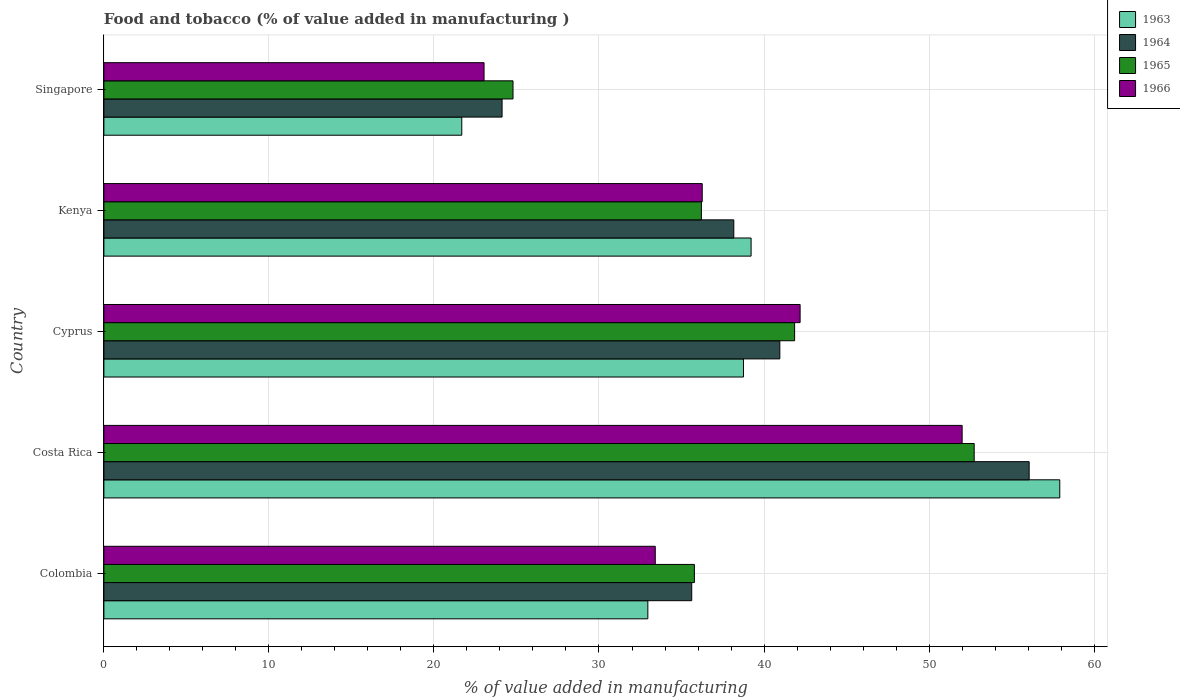
| Country | 1963 | 1964 | 1965 | 1966 |
 | --- | --- | --- | --- | --- |
 | Colombia | 33 | 35.6 | 35.8 | 33.4 |
 | Costa Rica | 57.9 | 56.1 | 52.7 | 52 |
 | Cyprus | 38.8 | 41 | 41.9 | 42.2 |
 | Kenya | 39.2 | 38.2 | 36.2 | 36.3 |
 | Singapore | 21.7 | 24.1 | 24.8 | 23 |